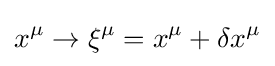
x^{\mu }\rightarrow \xi ^{\mu }=x^{\mu }+\delta x^{\mu }